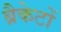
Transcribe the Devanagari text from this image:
ब्रैकेटों